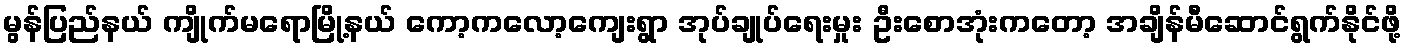
မွန်ပြည်နယ် ကျိုက်မရောမြို့နယ် ကော့ကလော့ကျေးရွာ အုပ်ချုပ်ရေးမှုး ဦးစောအုံးကတော့ အချိန်မီဆောင်ရွက်နိုင်ဖို့